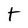
Character: t